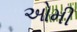
ઓમી